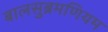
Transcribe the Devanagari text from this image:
बालसुब्रमणियम